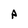
Character: P